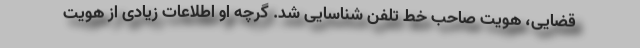
قضایی، هویت صاحب خط تلفن شناسایی شد. گرچه او اطلاعات زیادی از هویت